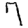
Digit: 7